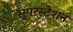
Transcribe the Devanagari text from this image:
सुपरस्टेशन